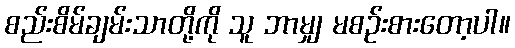
စည်းစိမ်ချမ်းသာတို့ကို သူ ဘာမျှ မစဉ်းစားတော့ပါ။